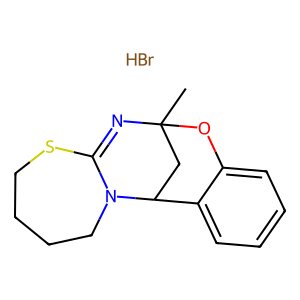
SMILES: Br.CC12CC(c3ccccc3O1)N1CCCCSC1=N2
Inhibits HIV replication: No